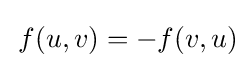
\,f(u,v)=-f(v,u)